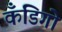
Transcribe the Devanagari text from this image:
कँडिगो